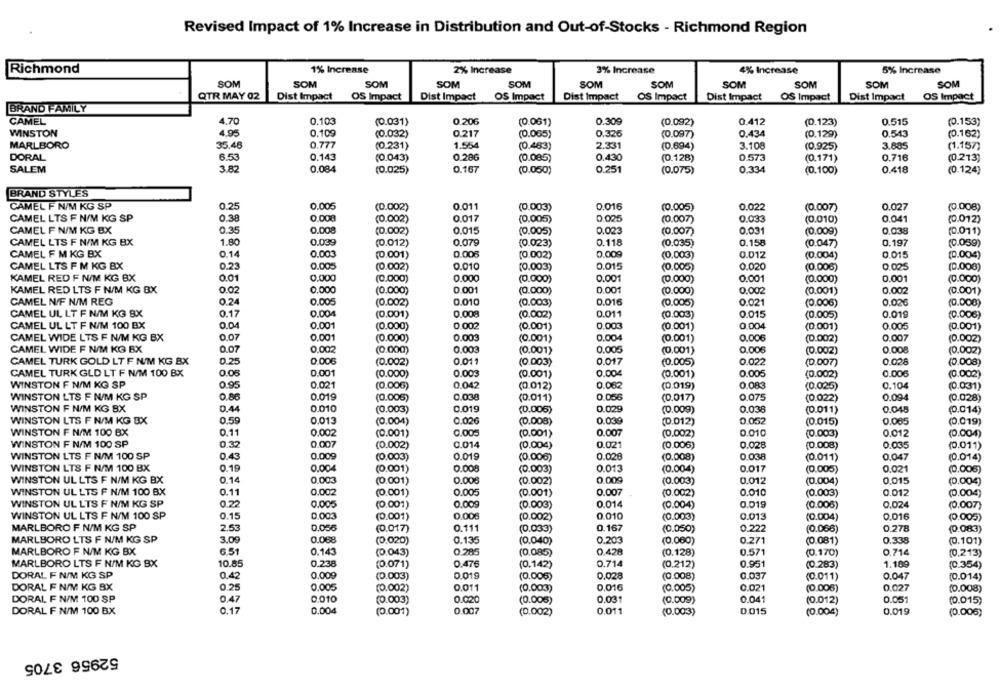
Revised Impact of 1% Increase in Distribution and Out-of-Stocks - Richmond Region
1% Increase
2% Increase
3% Increase
5% Increase
Richmond
4% Increase
SOM
SOM
SOM
SOM
SOM
SOM
SOM
SOM
SOM
SOM
SOM
QTR MAY 02
Dist Impact OS Impact
Dist Impact
Dist Impact
OS Impact
Dist Impact
OS Impact
Dist Impact
OS Impact
OS Impact
BRAND FAMILY
CAMEL
4.70
0.103
(0.031)
0.206
(0.061)
0.309
(0.092)
0.412
(0.123)
0.515
(0.153)
4.95
WINSTON
0.109
(0.032)
0.217
(0.065)
0.325
(0.097)
0.434
(0.129)
0.543
(0.162)
35.46
0.777
(0.231)
1.554
(0.483)
2.331
3.108
3.685
(1.157)
MARLBORO
(0.694)
(0.925)
DORAL
6.53
0.143
(0.043)
0.286
(0.085)
0.430
(0.128)
0.573
(0.171)
0.716
(0.213)
SALEM
3.82
0.084
(0.025)
0.167
(0.050)
0.251
(0.075)
0.334
(0.100)
0.418
(0.124)
BRAND STYLES
CAMEL F N/M KG SP
0.25
0.005
(0.002)
0.011
(0.003)
0.016
(0.005)
0.022
(0.007)
0.027
(0.008)
CAMEL LTS F N/M KG SP
0.38
0.008
(0.002)
0.017
(0.005)
0.025
(0.007)
0.033
(0.010)
0.041
(0.012)
0.35
0.008
0.015
CAMEL F N/M KG BX
(0.002)
(0.005)
0.023
(0.007)
0.031
(0.009)
0.038
(0.011)
CAMEL LTS F N/M KG BX
1.80
0.039
0.079
0.118
0.158
0.197
(0.012)
(0.023)
(0.035)
(0.047)
(0.059)
CAMEL F M KG BX
0.14
0.003
(0.001)
0.008
(0.002)
0.009
(0.003)
0.012
(0.004)
0.015
(0.004)
CAMEL LTS F M KG BX
0.23
0.005
(0.002)
0.010
(0.003)
0.015
(0.005)
0.020
(0.006)
(0.000)
KAMEL RED F N/M KG BX
0.000
0.000
0.001
0.01
(0.000)
(0.000)
(0.000)
0.001
(0.000)
0.001
(0.000)
KAMEL RED LTS F N/M KG BX
0.02
0,000
(0.000)
0 001
(0.000)
0.001
(0.000)
0.002
(0.001)
0.002
(0.001)
CAMEL NIF N/M REG
0.24
0.005
(0.002)
0.010
(0.003)
0.016
(0.005)
0.021
(0.006)
0.020
(0.000)
CAMEL UL LT F N/M KG BX
0.17
0.004
(0.001)
0.008
(0.002)
0.011
(0.003)
0.015
(0.005)
0.019
(0.006)
CAMEL UL LT F N/M 100 BX
0.04
0.001
(0.001)
0.004
(0.000)
0.002
(0.001)
0.003
(0.001)
0.005
(0.001)
CAMEL WIDE LTS F N/M KG BX
0.07
0.001
(0.000)
0.003
(0.001)
0.004
(0.001)
0.006
(0.002)
0.007
(0.002)
CAMEL WIDE F N/M KG BX
0.07
0.002
(0.000)
0.003
(0.001)
0.005
(0.001)
0.006
(0.002)
0.008
(0.002)
0.25
0.006
0.011
CAMEL TURK GOLD LT F NU/M KG BX
(0.002)
(0.003)
0.017
(0.005)
0.022
(D.007)
0.028
(0.008)
CAMEL TURK GLD LT F N/M 100 BX
0.06
0.001
(0.000)
0.003
0.004
0.005
(0.002)
0.006
(0.002)
(0.001)
(0.001)
WINSTON F N/M KG SP
0.95
0.021
(0.006)
0.042
(0.012)
0.062
(0.019)
0.083
(0.025)
0.104
(0.031)
0.019
WINSTON LTS F N/M KG SP
0.86
(0.006
0.038
(0.011)
0.056
(0.017)
0.075
(0.022)
0.09.4
(0.028)
WINSTON F N/M KG BX
0.44
0.010
0.019
0.029
0.045
(0.003)
(0.006)
(0.009)
0.038
(0.011)
(0.014)
WINSTON LTS F N/M KG BX
0.59
0.013
(0.004)
0.026
(0.008)
0.039
(0.012)
0.052
(0.015)
0.005
(0.019)
WINSTON F N/M 100 BX
0.11
0.002
(0.001)
0.005
(0.001)
0.007
(0.002)
0.010
(0.003)
0.012
(0.004)
0.32
WINSTON F N/M 100 SP
0.007
(0.002)
0.014
(0.004)
0.021
(0.006)
0.028
(0.008)
0.035
(0.011)
WINSTON LTS F N/M 100 SP
0.43
0.009
(0.003)
0.019
(0.006)
0.026
(0.008)
0.038
(0.011)
0.047
(0.014)
WINSTON LTS F N/M 100 BX
0.19
0.004
(0.001)
0.008
(0.003)
0.013
(0.004)
0.017
(0.005)
0.021
(0.006]
WINSTON UL LTS F N/M KG BX
0.14
0.003
(0.001)
0.006
(0.002
0.009
(0.003)
0.012
(0.004)
0,015
(0.004)
0.11
0.002
0.007
WINSTON UL LTS F N/M 100 BX
(0.001)
0.005
(0.001)
(0.002)
0.010
(0.003)
0.012
(0.004)
WINSTON UL LTS F N/M KG SP
0.22
0.005
(0.001)
0.009
(0.003)
0.014
(0.004)
0.019
(0.006)
0.024
(0.007)
WINSTON UL LTS F N/M 100 SP
0.15
0 003
(0.001)
0.008
(0.002)
0.010
(0.003)
0.013
(0.004)
0.016
(0.005)
MARLBORO F N/M KG SP
2.53
0.056
(0.017)
0.111
(0.033)
0.167
(0.050)
0.222
(0.066)
0.278
(0.083)
MARLBORO LTS F N/M KG SP
3.09
0.068
(0.020)
0.135
0.203
(0.060)
0.271
(0.081)
0.338
(0.040)
(0.101)
MARLBORO F N/M KG BX
6.51
0.143
(0.043)
0.785
(0.085)
0.478
(0.128)
0.571
(0.170)
0.714
(0.213)
MARLBORO LTS F N/M KG BX
10.85
0.238
(0.071)
0.476
(0.142)
0.714
(0.212)
0.951
(0.283)
1.189
(0.354)
DORAL F N/M KG SP
0.42
0.009
0 019
0.028
0.037
0.047
(0.003)
(0.006)
(0.008)
(0.011)
(0.014)
DORAL F N/M KG BX
0.25
0.005
(0.002)
0.011
(0.003)
0.016
(0.005)
0 021
(0.006)
0.027
(0.008)
DORAL F N/M 100 SP
0.47
0.010
(0.003)
0.020
(0.006)
0.031
(0.009)
0.041
(0.012)
0.051
(0.015)
DORAL F N/M 100 BX
0.17
0.004
(0.001)
0.007
(0.002)
0.011
(0.003)
0.015
(0.004)
0.019
(0.006)
52956 3705